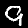
Digit: 9